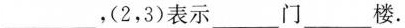
___，(2，3)表示___门___楼。